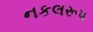
નકલરૂપ